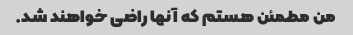
من مطمئن هستم که آنها راضی خواهند شد.